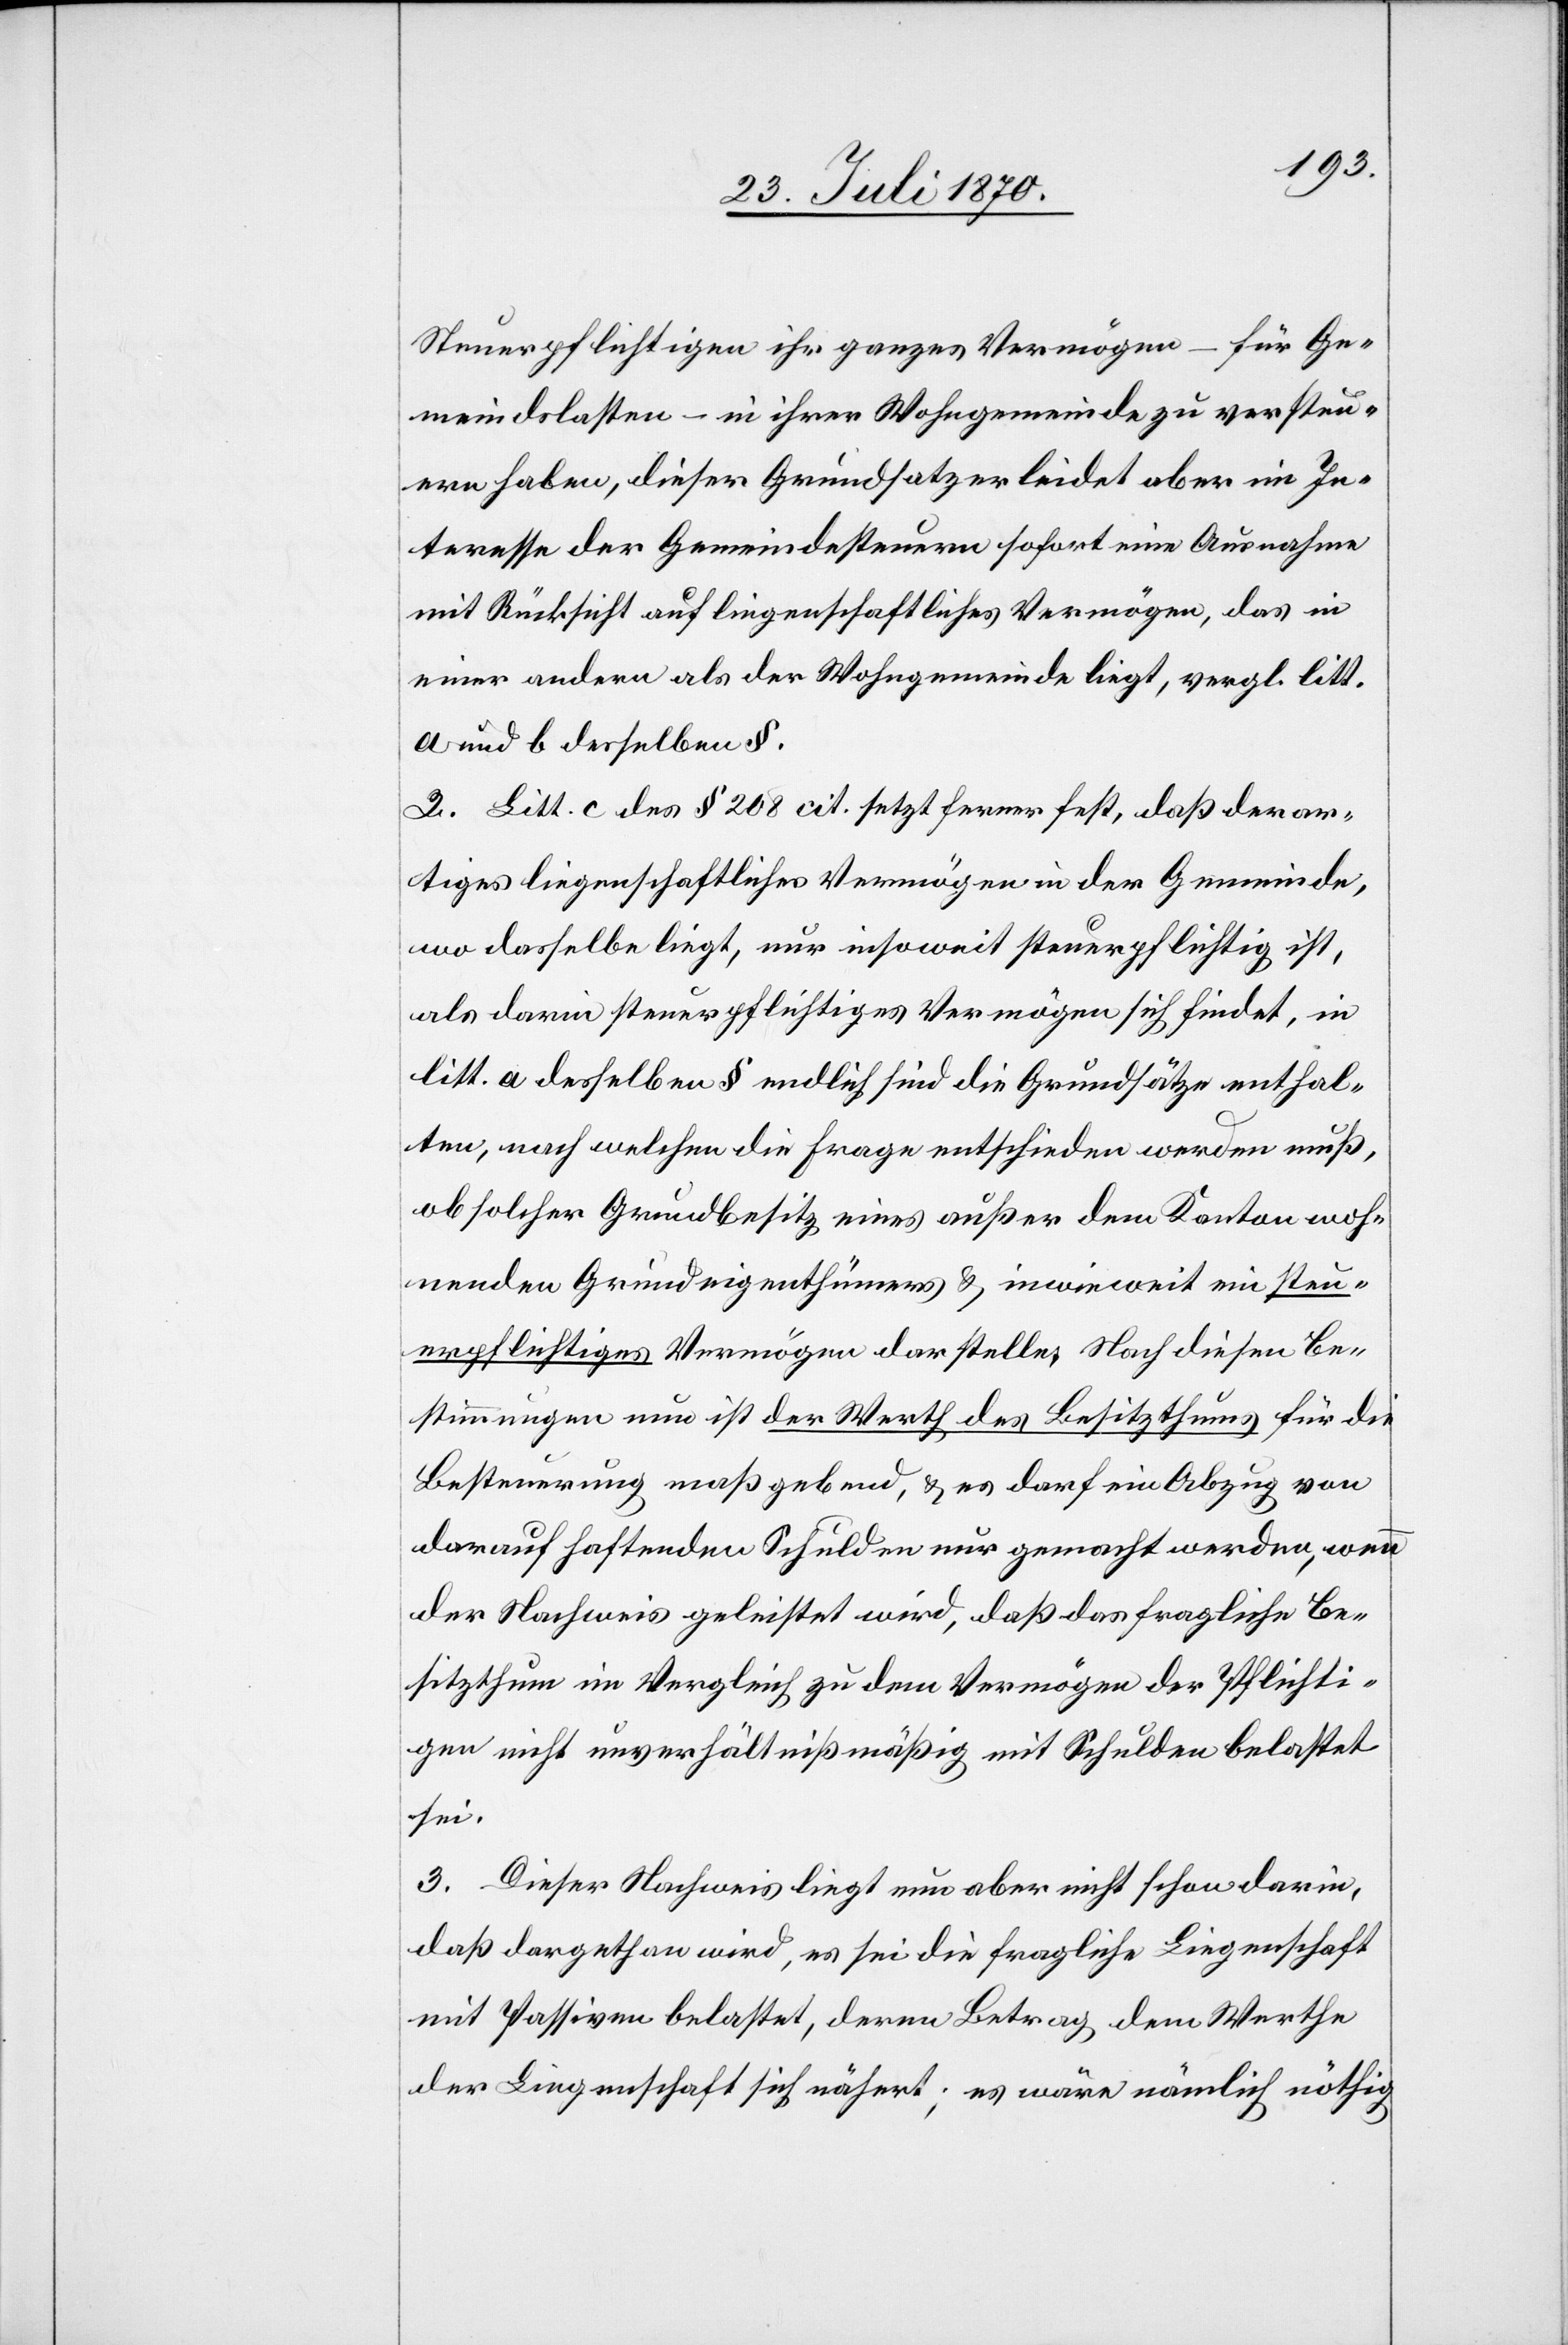
Steuerpflichtigen ihr ganzes Vermögen – für Ge¬
meindslasten – in ihrer Wohngemeinde zu versteu¬
ern haben, dieser Grundsatz erleidet aber im In¬
teresse der Gemeindesteuern sofort eine Ausnahme
mit Rücksicht auf liegenschaftliches Vermögen, das in
einer andern als der Wohngemeinde liegt, vergl. litt.
a und b desselben §.
2. Litt. c. des § 208 cit. setzt ferner fest, daß derar¬
tiges liegenschaftliches Vermögen in der Gemeinde,
wo dasselbe liegt, nur insoweit steuerpflichtig ist,
als darin steuerpflichtiges Vermögen sich befindet, in
litt. a desselben § endlich sind die Grundsätze enthal¬
ten, nach welchen die Frage entschieden werden muß,
ob solcher Grundbesitz eines außer dem Kanton woh¬
nenden Grundeigenthümers & inwieweit ein steu¬
erpflichtiges Vermögen darstelle [sic!]. Nach diesen Be¬
stimmungen nun ist der Werth des Besitzthums für die
Besteuerung maßgebend, & es darf ein Abzug von
darauf haftenden Schulden nur gemacht werden, wenn
der Nachweis geleistet wird, daß das fragliche Be¬
sitzthum im Vergleich zu dem Vermögen der Pflichti¬
gen nicht unverhältnißmäßig mit Schulden belastet
sei.
3. Dieser Nachweis liegt nun aber nicht schon darin,
daß dargethan wird, es sei die fragliche Liegenschaft
mit Passiven belastet, deren Betrag dem Werthe
der Liegenschaft sich nähert; es wäre nämlich nöthig